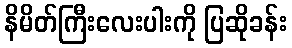
နိမိတ်ကြီးလေးပါးကို ပြဆိုခန်း